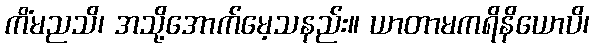
ကိံမညသိ၊ အသို့အောက်မေ့သနည်း။ ယာတာမကရိနိယောပိ၊